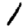
Digit: 1